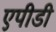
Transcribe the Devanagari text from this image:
एपीडी